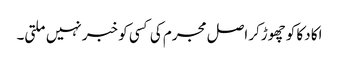
اکا دکا کو چھوڑکر اصل مجرم کی کسی کو خبر نہیں ملتی۔